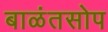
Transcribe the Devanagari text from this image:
बाळंतसोप